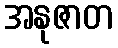
အနုဇာတ